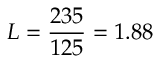
L = \frac { 2 3 5 } { 1 2 5 } = 1 . 8 8